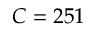
C = 2 5 1